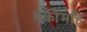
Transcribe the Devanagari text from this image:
हकीमहि